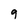
Character: 9